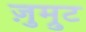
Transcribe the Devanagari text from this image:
ज़ुम्रुट